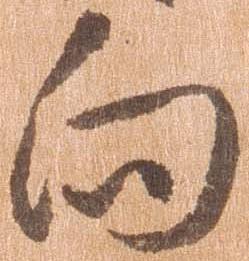
向